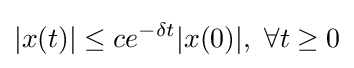
|x(t)|\leq ce^{-\delta t}|x(0)|,\ \forall t\geq 0